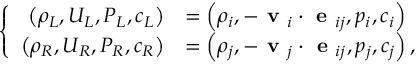
\left\{ \begin{array} { r l } { \left( \rho _ { L } , U _ { L } , P _ { L } , c _ { L } \right) } & { = \left( \rho _ { i } , - \textbf { v } _ { i } \cdot \textbf { e } _ { i j } , p _ { i } , c _ { i } \right) } \\ { \left( \rho _ { R } , U _ { R } , P _ { R } , c _ { R } \right) } & { = \left( \rho _ { j } , - \textbf { v } _ { j } \cdot \textbf { e } _ { i j } , p _ { j } , c _ { j } \right) , } \end{array} \right.